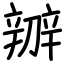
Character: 辧